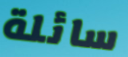
سائلة